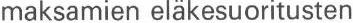
maksamien eläkesuoritusten